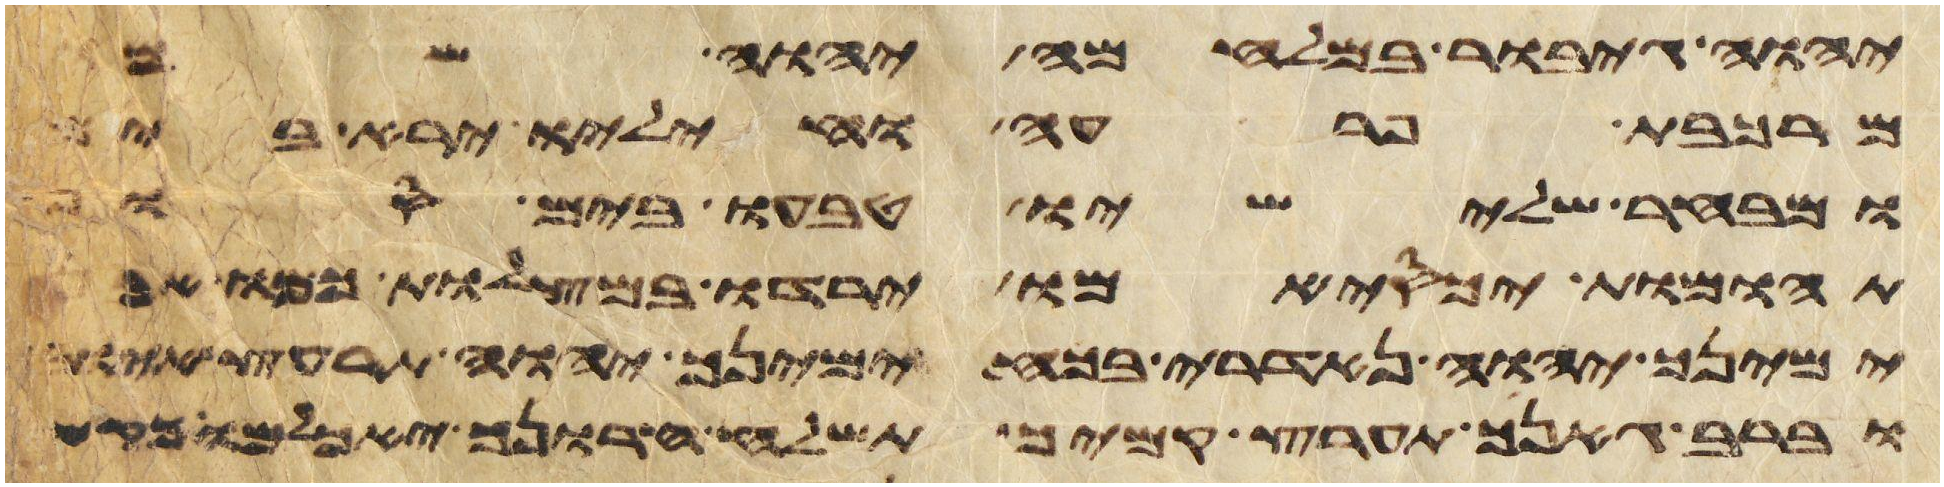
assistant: יהוה גיבור במלחמה יהוה שמו
מרכבת פרעה וחיליו ירא בים
ומבחר שלישיו טבעו בים סוף
תהומות יכסמו ירדו במצלות כמו אבן
ימינך יהוה נדארי בכח ימינך יהוה תרעץ אויב
וברב גאניך תהרס קמיך תשלח חרונך יאכלמו כקש